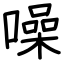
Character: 噪